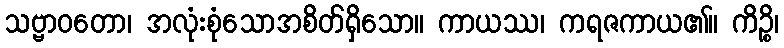
သဗ္ဗာဝတော၊ အလုံးစုံသောအစိတ်ရှိသော။ ကာယဿ၊ ကရဇကာယ၏။ ကိဉ္စိ၊